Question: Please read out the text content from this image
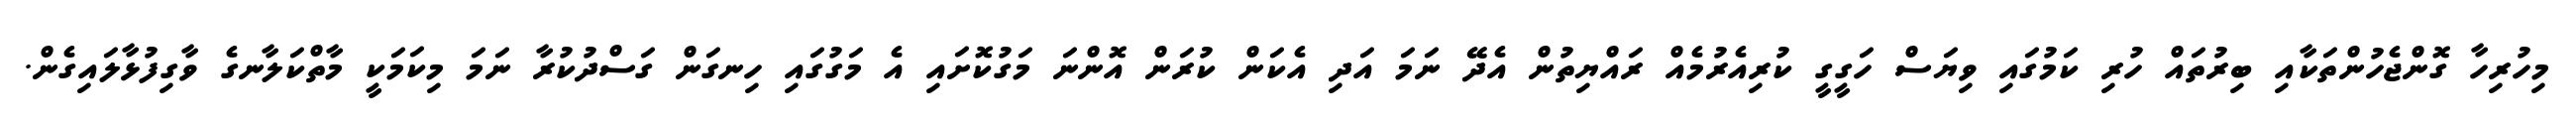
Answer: މިހުރިހާ ގޮންޖެހުންތަކާއި ބިރުތައް ހުރި ކަމުގައި ވިޔަސް ހަގީގީ ކުރިއެރުމެއް ރައްޔިތުން އެދޭ ނަމަ އަދި އެކަން ކުރަން އޮންނަ މަގުކޮށައި އެ މަގުގައި ހިނގަން ގަސްދުކުރާ ނަމަ މިކަމަކީ މާތްކަލާނގެ ވާގިފުޅާލައިގެން.